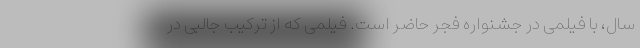
سال، با فیلمی در جشنواره فجر حاضر است. فیلمی که از ترکیب جالبی در